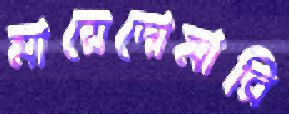
মায়েদোমারি